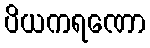
ပိယကရဏော